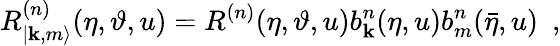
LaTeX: R_{|\mathbf{k},m\rangle}^{(n)}(\eta,\vartheta,u)=R^{(n)}(\eta,\vartheta,u)b_{\mathbf{k}}^{n}(\eta,u)b_{m}^{n}(\bar{{\eta}},u)\, \, \, ,